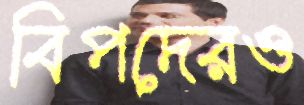
বিপদেরও